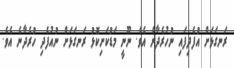
ރަނގަޅަށް އުފެދިފައި ނުހުރެދާނެ އެވެ. ނޫނީ މަޑުކަށިކޮޅު ރަނގަޅަށް ނުއުފެދި ހުރެދާނެ އެވެ.